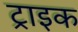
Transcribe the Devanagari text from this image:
ट्राइक